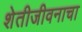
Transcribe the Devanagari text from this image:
शेतीजीवनाचा